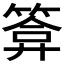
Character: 𮅫